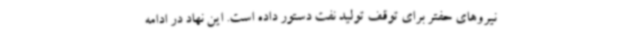
نیروهای حفتر برای توقف تولید نفت دستور داده است. این نهاد در ادامه